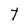
Character: t